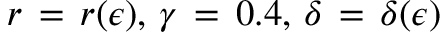
r \, = \, r ( \epsilon ) , \, \gamma \, = \, 0 . 4 , \, \delta \, = \, \delta ( \epsilon )